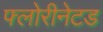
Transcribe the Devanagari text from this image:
फ्लोरीनेटड